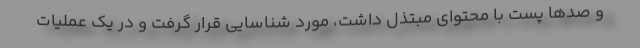
و صدها پست با محتوای مبتذل داشت، مورد شناسایی قرار گرفت و در یک عملیات